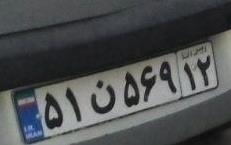
۵۱ن۵۶۹۱۲